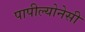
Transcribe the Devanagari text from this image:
पापील्योनेसी